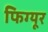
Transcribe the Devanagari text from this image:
फिग्यूर